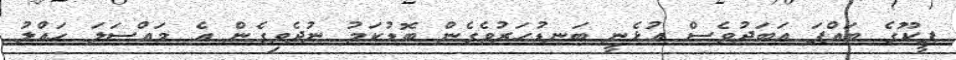
ޕީކޫގެ ބައްޕަ އަބަދުވެސް އުޅެނީ ބަނޑުހަރުވެގެން ބޮޑުކަމު ނުދެވިގެން އެ މައްސަލަ ހައްލު